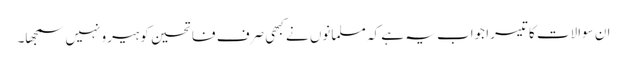
ان سوالات کا تیسرا جواب یہ ہے کہ مسلمانوں نے کبھی صرف فاتحین کو ہیرو نہیں سمجھا۔